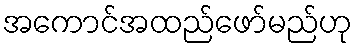
အကောင်အထည်ဖော်မည်ဟု